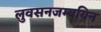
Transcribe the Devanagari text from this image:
लुवसनजम्बयिन